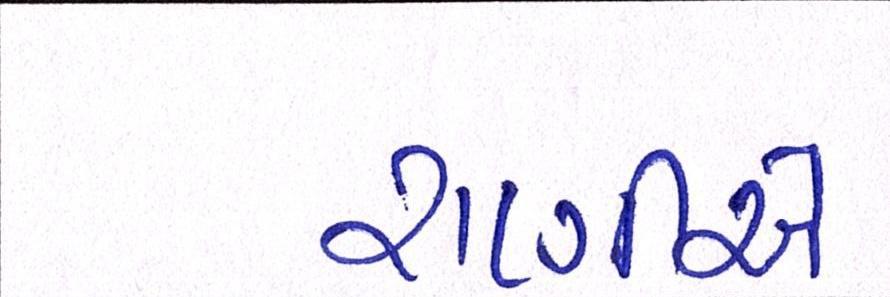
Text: રાણીએ